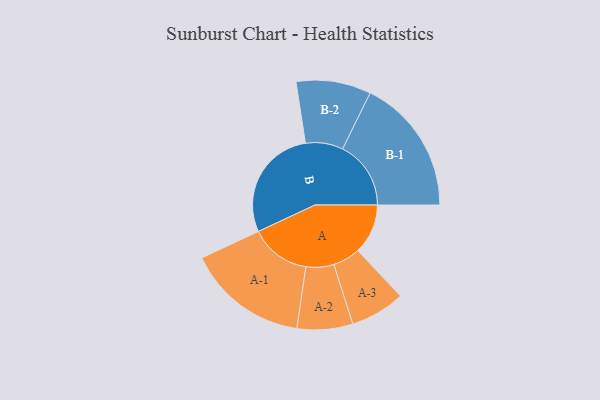
{"axis": {"x": "Segment", "y": "Value"}, "legend": ["", "A", "B"], "data": [{"x": "A", "y": 214, "type": ""}, {"x": "B", "y": 486, "type": ""}, {"x": "A-1", "y": 259, "type": "A"}, {"x": "A-2", "y": 119, "type": "A"}, {"x": "A-3", "y": 117, "type": "A"}, {"x": "B-1", "y": 292, "type": "B"}, {"x": "B-2", "y": 160, "type": "B"}]}